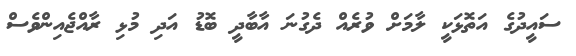
ސައީދުގެ އަތޮޅަކީ ލާމަށް ވުރެއް ދެގުނަ އާބާދީ ބޮޑު އަދި މުޅި ރާއްޖެއިންވެސް